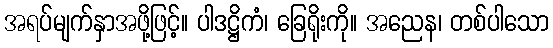
အရပ်မျက်နှာအဖို့ဖြင့်။ ပါဒဋ္ဌိကံ၊ ခြေရိုးကို။ အညေန၊ တစ်ပါသော